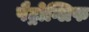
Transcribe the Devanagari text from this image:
पैट्रोग्लिफ